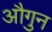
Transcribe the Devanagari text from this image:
औगुन